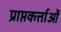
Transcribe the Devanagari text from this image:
प्राप्तकर्त्ताओं